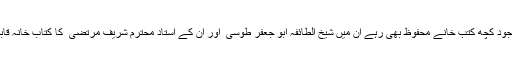
اس کے باوجود کچھ کتب خانے محفوظ بھی رہے ان میں شیخ الطائفہ ابو جعفر طوسی ؒ اور ان کے استاد محترم شریف مرتضی ٰ کا کتاب خانہ قابل ذکر ہیں ۔